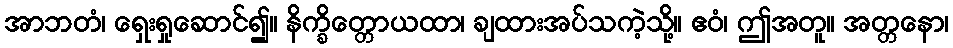
အာဘတံ၊ ရှေးရှုဆောင်၍။ နိက္ခိတ္တောယထာ၊ ချထားအပ်သကဲ့သို့။ ဧဝံ၊ ဤအတူ။ အတ္တနော၊